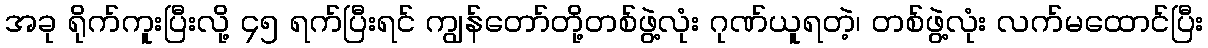
အခု ရိုက်ကူးပြီးလို့ ၄၅ ရက်ပြီးရင် ကျွန်တော်တို့တစ်ဖွဲ့လုံး ဂုဏ်ယူရတဲ့၊ တစ်ဖွဲ့လုံး လက်မထောင်ပြီး